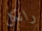
رانكل